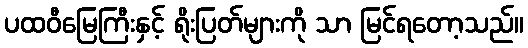
ပထဝီမြေကြီးနှင့် ရိုးပြတ်များကို သာ မြင်ရတော့သည်။